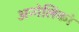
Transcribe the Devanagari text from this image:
अन्गेलिको